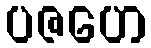
ပဇဟေ